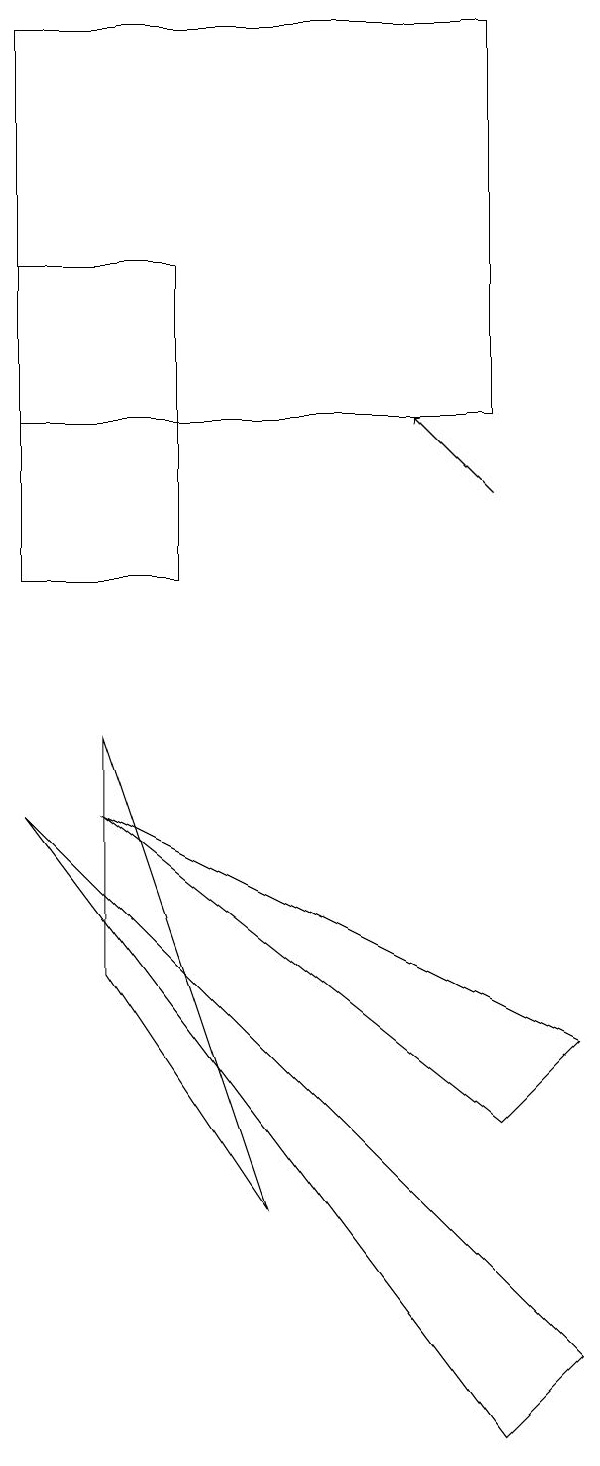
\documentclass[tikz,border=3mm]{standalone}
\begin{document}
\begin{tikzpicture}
\draw (0,18) rectangle (6,13);
\draw (0,8) -- (7,1) -- (6,0) -- cycle;
\draw (1,9) -- (3,3) -- (1,6) -- cycle;
\draw (2,11) rectangle (0,15);
\draw (7,5) -- (1,8) -- (6,4) -- cycle;
\draw[->] (6,12) -- (5,13);
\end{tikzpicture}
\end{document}